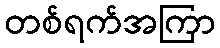
တစ်ရက်အကြာ